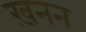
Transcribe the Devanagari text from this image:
ख़नन